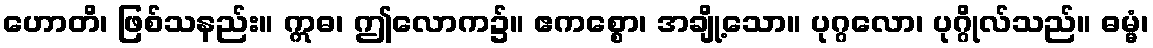
ဟောတိ၊ ဖြစ်သနည်း။ ဣဓ၊ ဤလောက၌။ ဧကစ္စော၊ အချို့သော။ ပုဂ္ဂလော၊ ပုဂ္ဂိုလ်သည်။ ဓမ္မံ၊